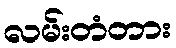
လမ်းတံတား